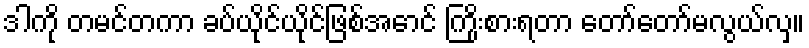
ဒါကို တမင်တကာ ခပ်ယိုင်ယိုင်ဖြစ်အောင် ကြိုးစားရတာ တော်တော်မလွယ်လှ။